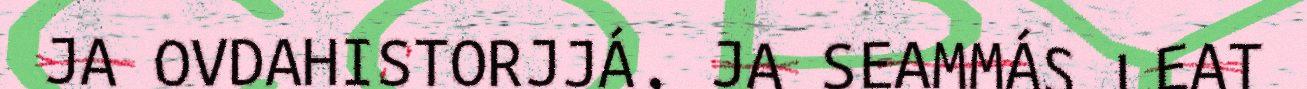
JA OVDAHISTORJJÁ, JA SEAMMÁS LEAT